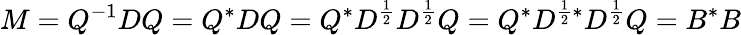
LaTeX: M=Q^{-1}DQ=Q^{*}DQ=Q^{*}D^{\frac{1}{2}}D^{\frac{1}{2}}Q=Q^{*}D^{{\frac{1}{2}}*}D^{\frac{1}{2}}Q=B^{*}B